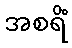
အစရိံ